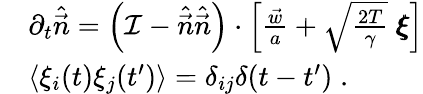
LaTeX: \begin{array}{rl}&{\partial_{t}\hat{\vec{n}}=\left(\mathcal{I}-\hat{\vec{n}}\hat{\vec{n}}\right)\cdot\left[\frac{\vec{w}}{a}+\sqrt{\frac{2T}{\gamma}}\ \pmb{\xi}\right]}\\ &{\langle\xi_{i}(t)\xi_{j}(t^{\prime})\rangle=\delta_{ij}\delta(t-t^{\prime})\; .}\end{array}